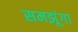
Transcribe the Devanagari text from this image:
समझूंगा